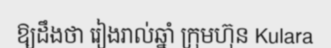
ឱ្យដឹងថា រៀងរាល់ឆ្នាំ ក្រុមហ៊ុន Kulara